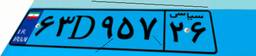
۸۸D۶۲۵۸۴